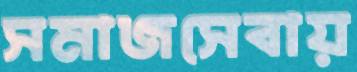
সমাজসেবায়